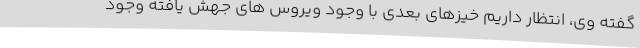
گفته وی، انتظار داریم خیزهای بعدی با وجود ویروس های جهش یافته وجود